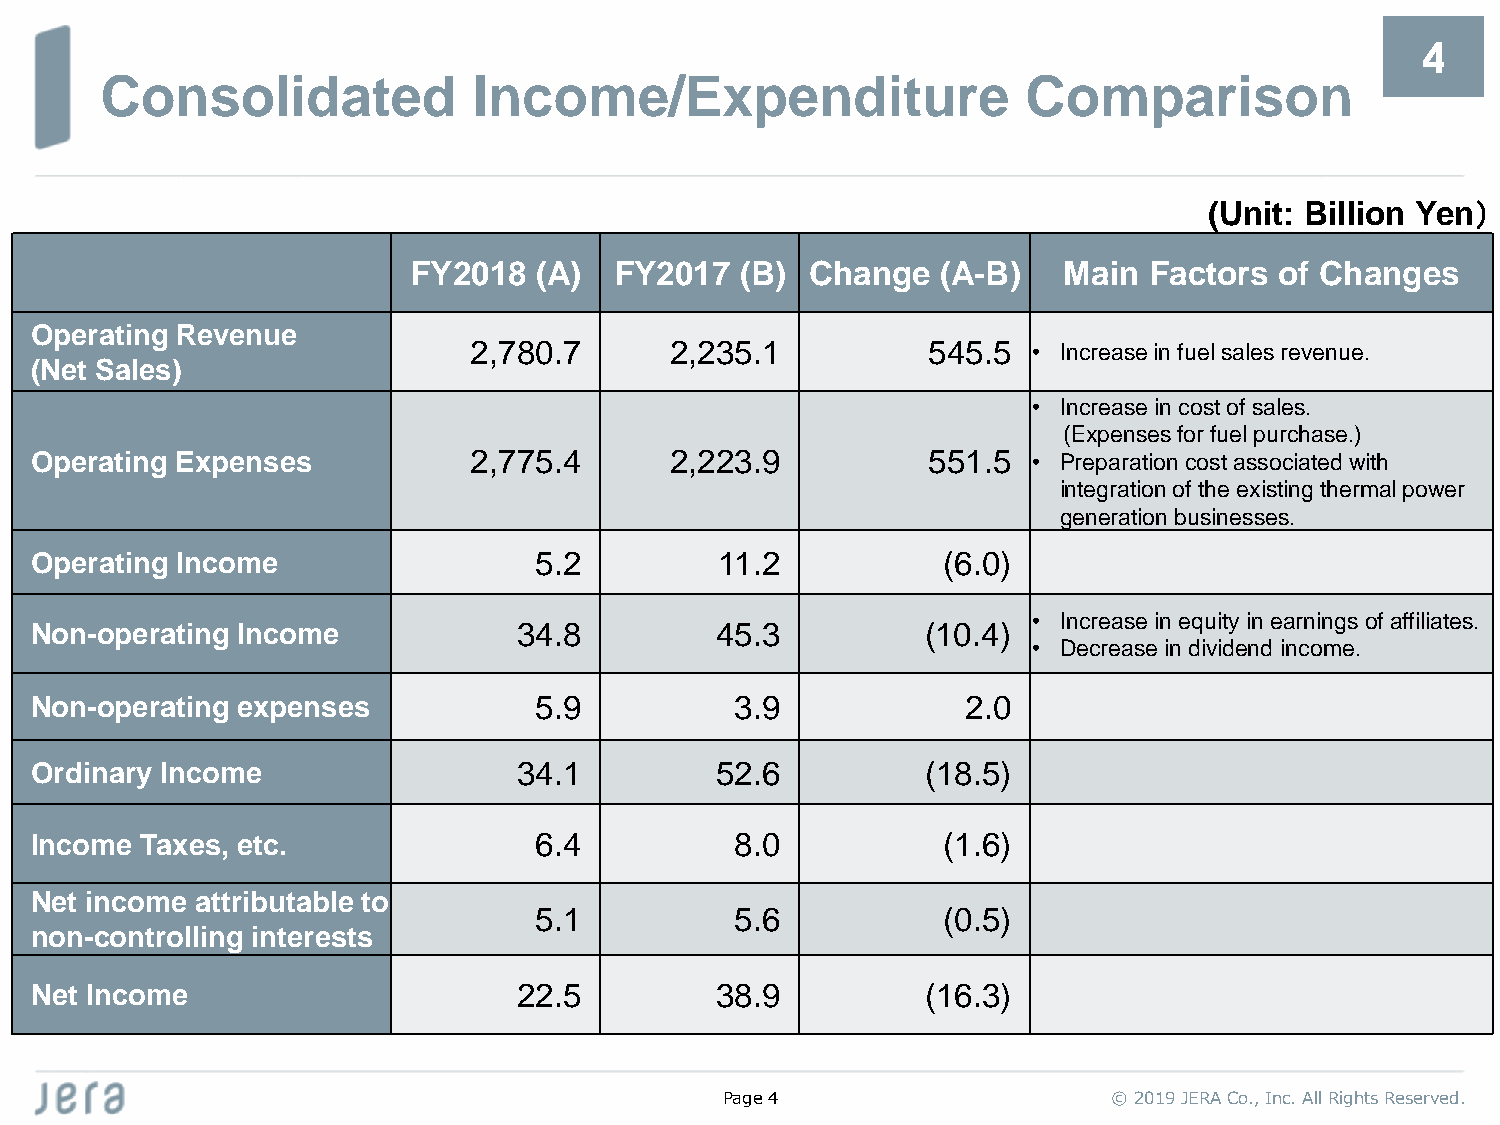
4
 Consolidated            Income/Expenditure                   Comparison
 (Unit: Billion Yen）
 FY2018  (A)   FY2017  (B)  Change  (A-B)   Main  Factors  of Changes
 Operating Revenue
 2,780.7      2,235.1          545.5  • Increase in fuel sales revenue.
 (Net Sales)
 • Increase in cost of sales.
 (Expenses for fuel purchase.)
 Operating Expenses           2,775.4      2,223.9          551.5  • Preparation cost associated with
 integration of the existing thermal power
 generation businesses.
 Operating Income                 5.2          11.2          (6.0)
 • Increase in equity in earnings of affiliates.
 Non-operating Income            34.8         45.3          (10.4)
 • Decrease in dividend income.
 Non-operating expenses           5.9           3.9            2.0
 Ordinary Income                 34.1         52.6          (18.5)
 Income Taxes, etc.               6.4           8.0          (1.6)
 Net income attributable to
 5.1           5.6          (0.5)
 non-controlling interests
 Net Income                      22.5         38.9          (16.3)
 Page4                     © 2019 JERA Co., Inc. All Rights Reserved.